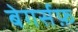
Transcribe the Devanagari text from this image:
बेगर्सफ़